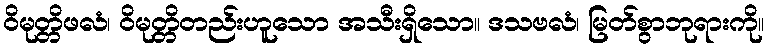
ဝိမုတ္တိဖလံ၊ ဝိမုတ္တိတည်းဟူသော အသီးရှိသော။ ဒသဗလံ၊ မြတ်စွာဘုရားကို။